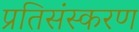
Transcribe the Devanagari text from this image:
प्रतिसंस्करण